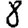
Digit: 8